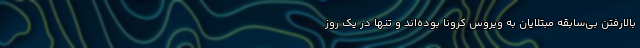
بالارفتن بی‌سابقه مبتلایان به ویروس کرونا بوده‌اند و تنها در یک روز